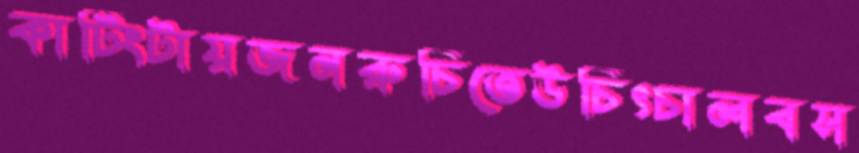
কাটিংটায়জনরুচিতেউচিৎচালবস